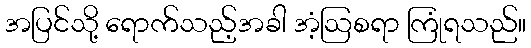
အပြင်သို့ ရောက်သည့်အခါ အံ့ဩစရာ ကြုံရသည်။